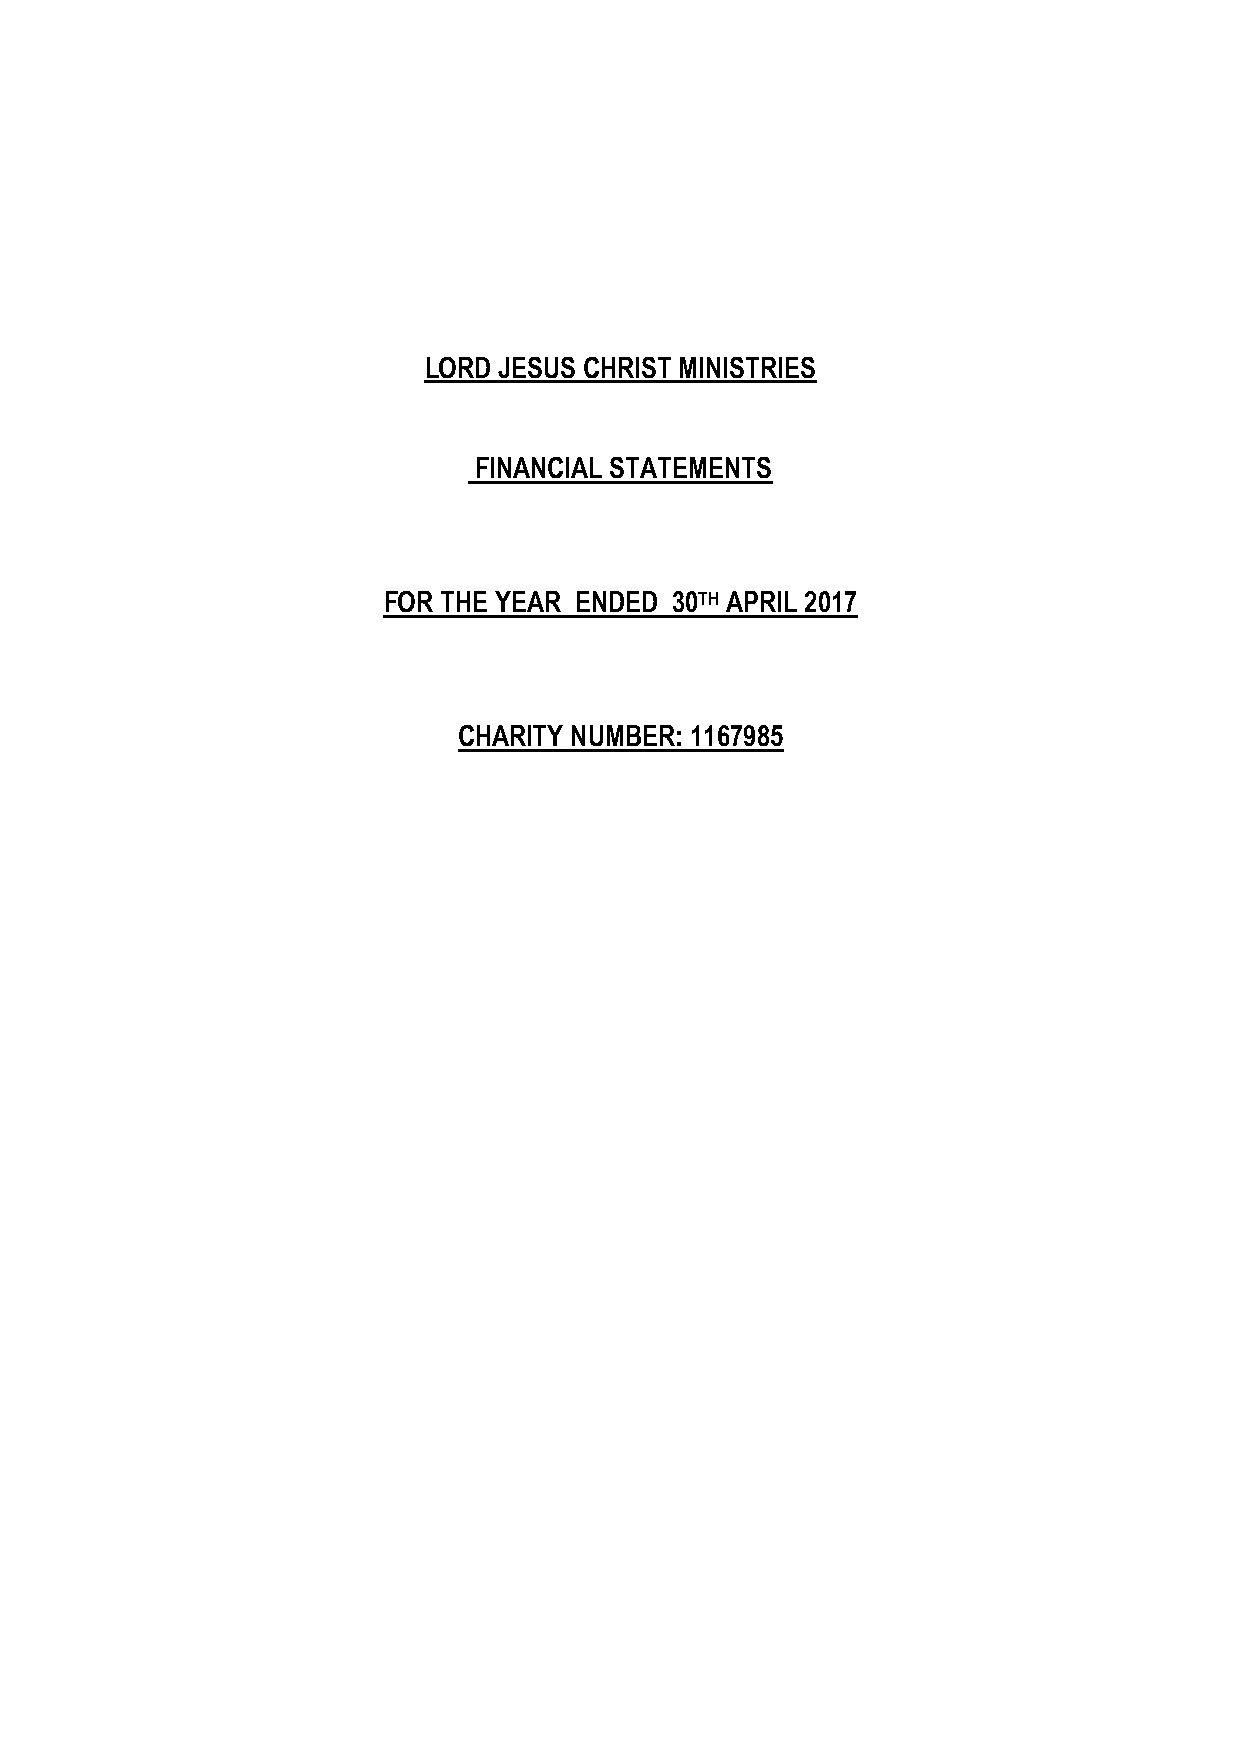
LORD JESUS CHRIST MINISTRIES
 FINANCIAL STATEMENTS
 FOR THE YEAR ENDED 30TH APRIL 2017
 CHARITY NUMBER: 1167985